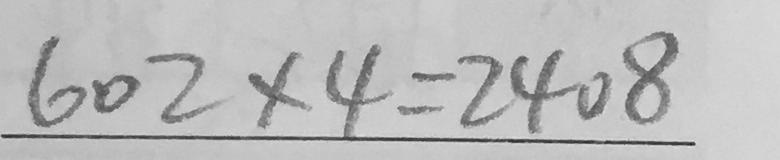
6 0 2 \times 4 = 2 4 0 8